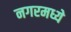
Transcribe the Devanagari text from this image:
नगरमध्ये